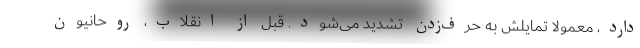
دارد، معمولا تمایلش به حرف‌زدن تشدید می‌شود. قبل از انقلاب، روحانیون